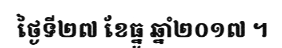
ថ្ងៃទី២៧ ខែធ្នូ ឆ្នាំ២០១៧ ។